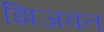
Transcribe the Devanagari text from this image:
झिजवत